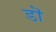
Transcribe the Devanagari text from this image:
डॊ